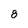
Character: 8